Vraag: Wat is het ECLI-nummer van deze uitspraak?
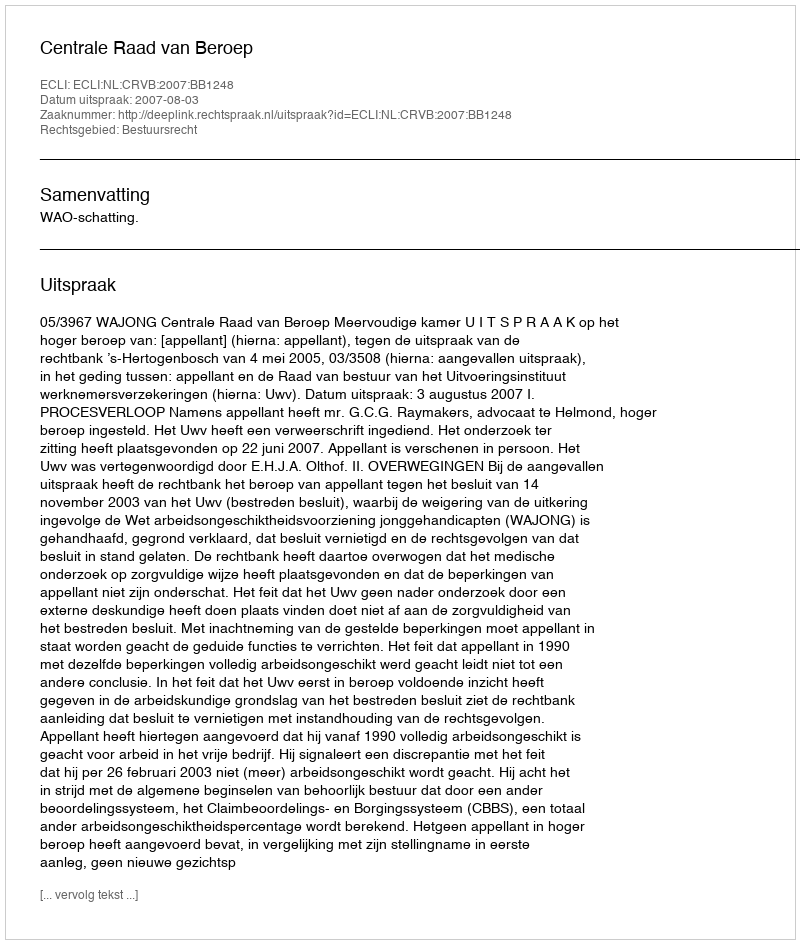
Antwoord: ECLI:NL:CRVB:2007:BB1248